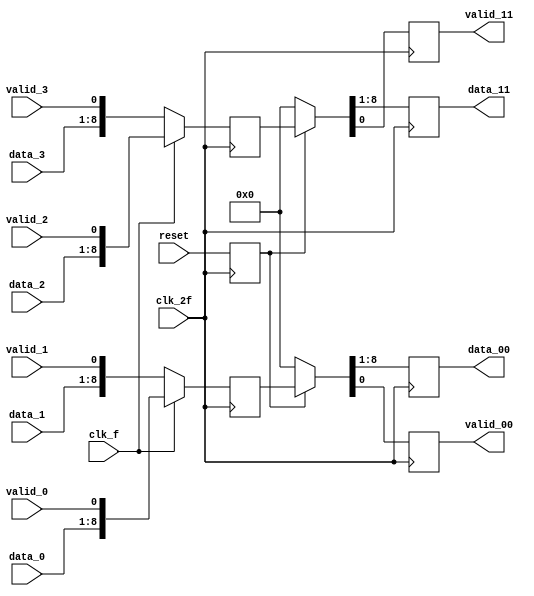
/* CREADOR: FREDDY ZUNIGA CERDAS PARA EL PROYECTO 1 DE
 CIRCUITOS DIGITALES II I SEMESTRE 2021.
 
 ESTE MODULO SE ENCARGA DE PASAR 4 LINEA DE DATOS PARALELOS A 
 2 LINEAS DE DATOS EN PARALELO DUPLICANDO LA FRECUENCIA.
 
 LAS SALIDAS YA SALEN SINCRONIZADAS AL FLANCO ALTO DEL clk_2f
 */

module mux4x2_8bits( output reg [7:0] data_00, data_11,
		     output reg       valid_00, valid_11,
		     input wire [7:0] data_0, data_1, data_2, data_3,
		     input wire       valid_0, valid_1, valid_2, valid_3,
		     input wire clk_2f, clk_f, reset );

   wire [8:0] 			paq_0_x;
   wire [8:0] 			paq_1_x;
   wire [8:0] 			paq_2_x;
   wire [8:0] 			paq_3_x;
   reg [8:0] 			paq_00, paq_11;
   reg 				reset_s;
   
   
   
   always @( posedge clk_2f ) begin
      reset_s <= reset;
   end
   

   assign paq_0_x = {data_0,valid_0};
   assign paq_1_x = {data_1,valid_1};
   assign paq_2_x = {data_2,valid_2};
   assign paq_3_x = {data_3,valid_3};

   
   always @( negedge clk_2f ) begin
      if( !clk_f ) begin
	 paq_00 <= paq_1_x;
	 paq_11 <= paq_3_x;
      end
      else begin
	 paq_00 <= paq_0_x;
	 paq_11 <= paq_2_x;
      end
   end // always @ ( negedge clk_2f )

   always @( posedge clk_2f ) begin
      if( reset_s ) begin
	 {data_00,valid_00} <= paq_00;
	 {data_11,valid_11} <= paq_11;
      end
      else begin
	 {data_00,valid_00} <= 9'b0;
	 {data_11,valid_11} <= 9'b0;
      end
   end
 
endmodule // mux4x2_8bits